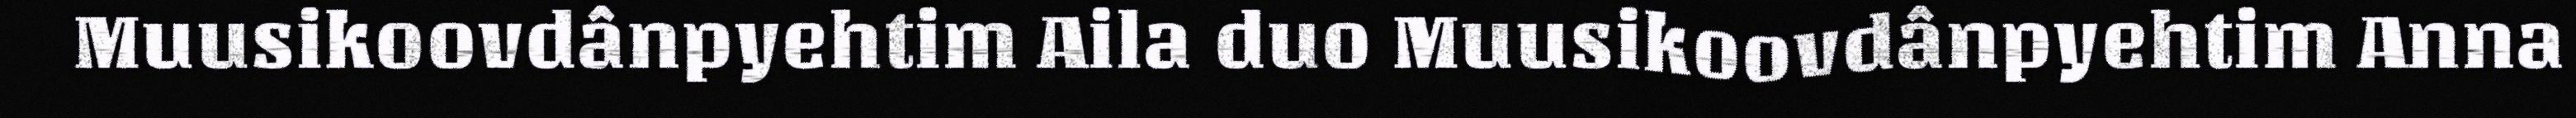
Muusikoovdânpyehtim Aila duo Muusikoovdânpyehtim Anna